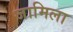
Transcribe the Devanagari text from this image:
जामिला